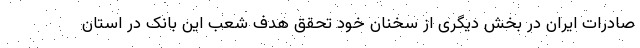
صادرات ایران در بخش دیگری از سخنان خود تحقق هدف شعب این بانک در استان